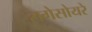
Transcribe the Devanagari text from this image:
सगेसोयरे